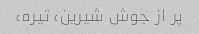
پر از جوش شیرین، تیره،